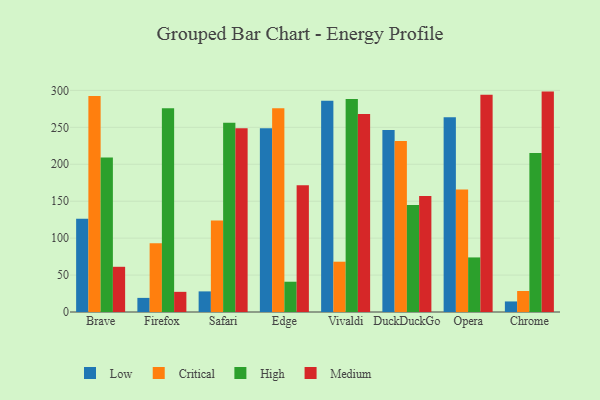
{"axis": {"x": "Browser", "y": "Customer Acquisition Cost (USD)"}, "legend": ["Critical", "High", "Low", "Medium"], "data": [{"x": "Brave", "y": 126.3, "type": "Low"}, {"x": "Brave", "y": 292.3, "type": "Critical"}, {"x": "Brave", "y": 209.2, "type": "High"}, {"x": "Brave", "y": 61.2, "type": "Medium"}, {"x": "Firefox", "y": 19.1, "type": "Low"}, {"x": "Firefox", "y": 93.0, "type": "Critical"}, {"x": "Firefox", "y": 275.9, "type": "High"}, {"x": "Firefox", "y": 27.3, "type": "Medium"}, {"x": "Safari", "y": 27.9, "type": "Low"}, {"x": "Safari", "y": 124.0, "type": "Critical"}, {"x": "Safari", "y": 256.1, "type": "High"}, {"x": "Safari", "y": 248.9, "type": "Medium"}, {"x": "Edge", "y": 248.9, "type": "Low"}, {"x": "Edge", "y": 276.0, "type": "Critical"}, {"x": "Edge", "y": 41.0, "type": "High"}, {"x": "Edge", "y": 171.7, "type": "Medium"}, {"x": "Vivaldi", "y": 285.9, "type": "Low"}, {"x": "Vivaldi", "y": 68.1, "type": "Critical"}, {"x": "Vivaldi", "y": 288.3, "type": "High"}, {"x": "Vivaldi", "y": 268.1, "type": "Medium"}, {"x": "DuckDuckGo", "y": 246.4, "type": "Low"}, {"x": "DuckDuckGo", "y": 231.6, "type": "Critical"}, {"x": "DuckDuckGo", "y": 144.8, "type": "High"}, {"x": "DuckDuckGo", "y": 157.2, "type": "Medium"}, {"x": "Opera", "y": 263.6, "type": "Low"}, {"x": "Opera", "y": 165.9, "type": "Critical"}, {"x": "Opera", "y": 73.9, "type": "High"}, {"x": "Opera", "y": 294.1, "type": "Medium"}, {"x": "Chrome", "y": 14.3, "type": "Low"}, {"x": "Chrome", "y": 28.4, "type": "Critical"}, {"x": "Chrome", "y": 215.2, "type": "High"}, {"x": "Chrome", "y": 298.4, "type": "Medium"}]}